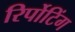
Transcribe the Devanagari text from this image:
रिर्पोटिंग